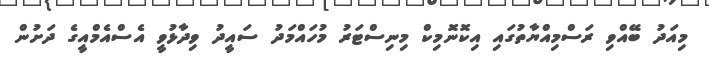
މިއަދު ބޭއްވި ރަސްމިއްޔާތުގައި އިކޮނޮމިކް މިނިސްޓަރު މުހައްމަދު ސައީދު ވިދާޅުވީ އެސްއެމްއީގެ ދަށުން